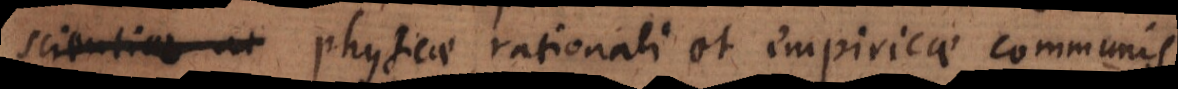
scientiae ut physicae rationali et empiricae communis